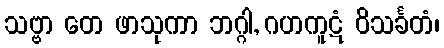
သဗ္ဗာ တေ ဖာသုကာ ဘဂ္ဂါ, ဂဟကူဋံ ဝိသင်္ခတံ၊